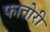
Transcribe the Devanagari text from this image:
फातोरी